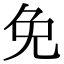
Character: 免